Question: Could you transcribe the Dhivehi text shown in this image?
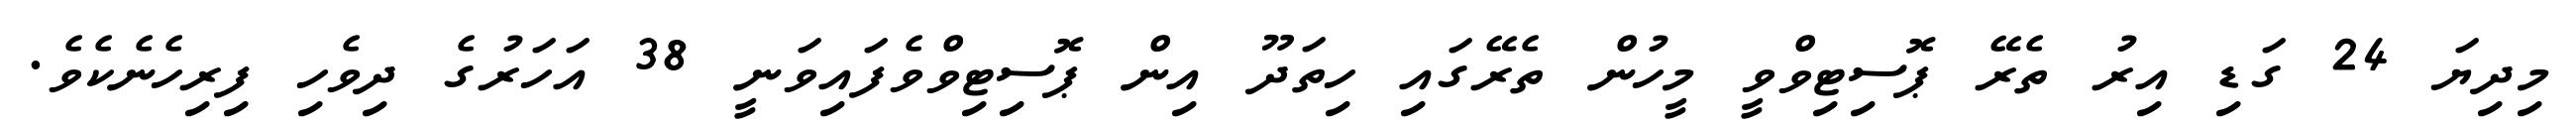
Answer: މިދިޔަ 24 ގަޑި އިރު ތެރޭ ޕޮސިޓިވްވީ މީހުން ތެރޭގައި ހިތަދޫ އިން ޕޮސިޓިވްވެފައިވަނީ 38 އަހަރުގެ ދިވެހި ފިރިހެނެކެވެ.